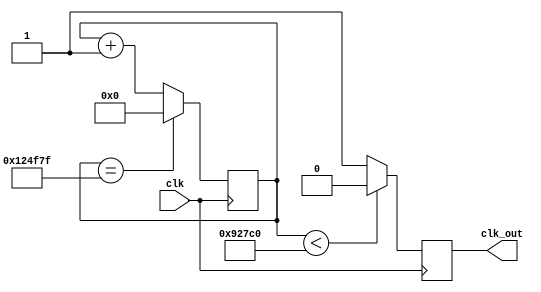
module divide_1200000(
	input clk,					// 12MHz
	output reg clk_out		// 10Hz
);

reg [20:0]cnt;					// 21

always @(posedge clk)begin

	if(cnt==21'd1199999)
		cnt<=0;
	else
		cnt<=cnt+1;
	
	if(cnt<21'd600000)
		clk_out<=0;
	else
		clk_out<=1;

end


endmodule